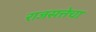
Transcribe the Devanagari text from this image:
राजसत्तेचा